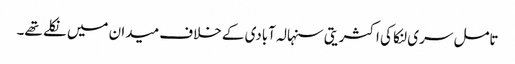
تامل سری لنکا کی اکثریتی سنہالہ آبادی کے خلاف میدان میں نکلے تھے۔